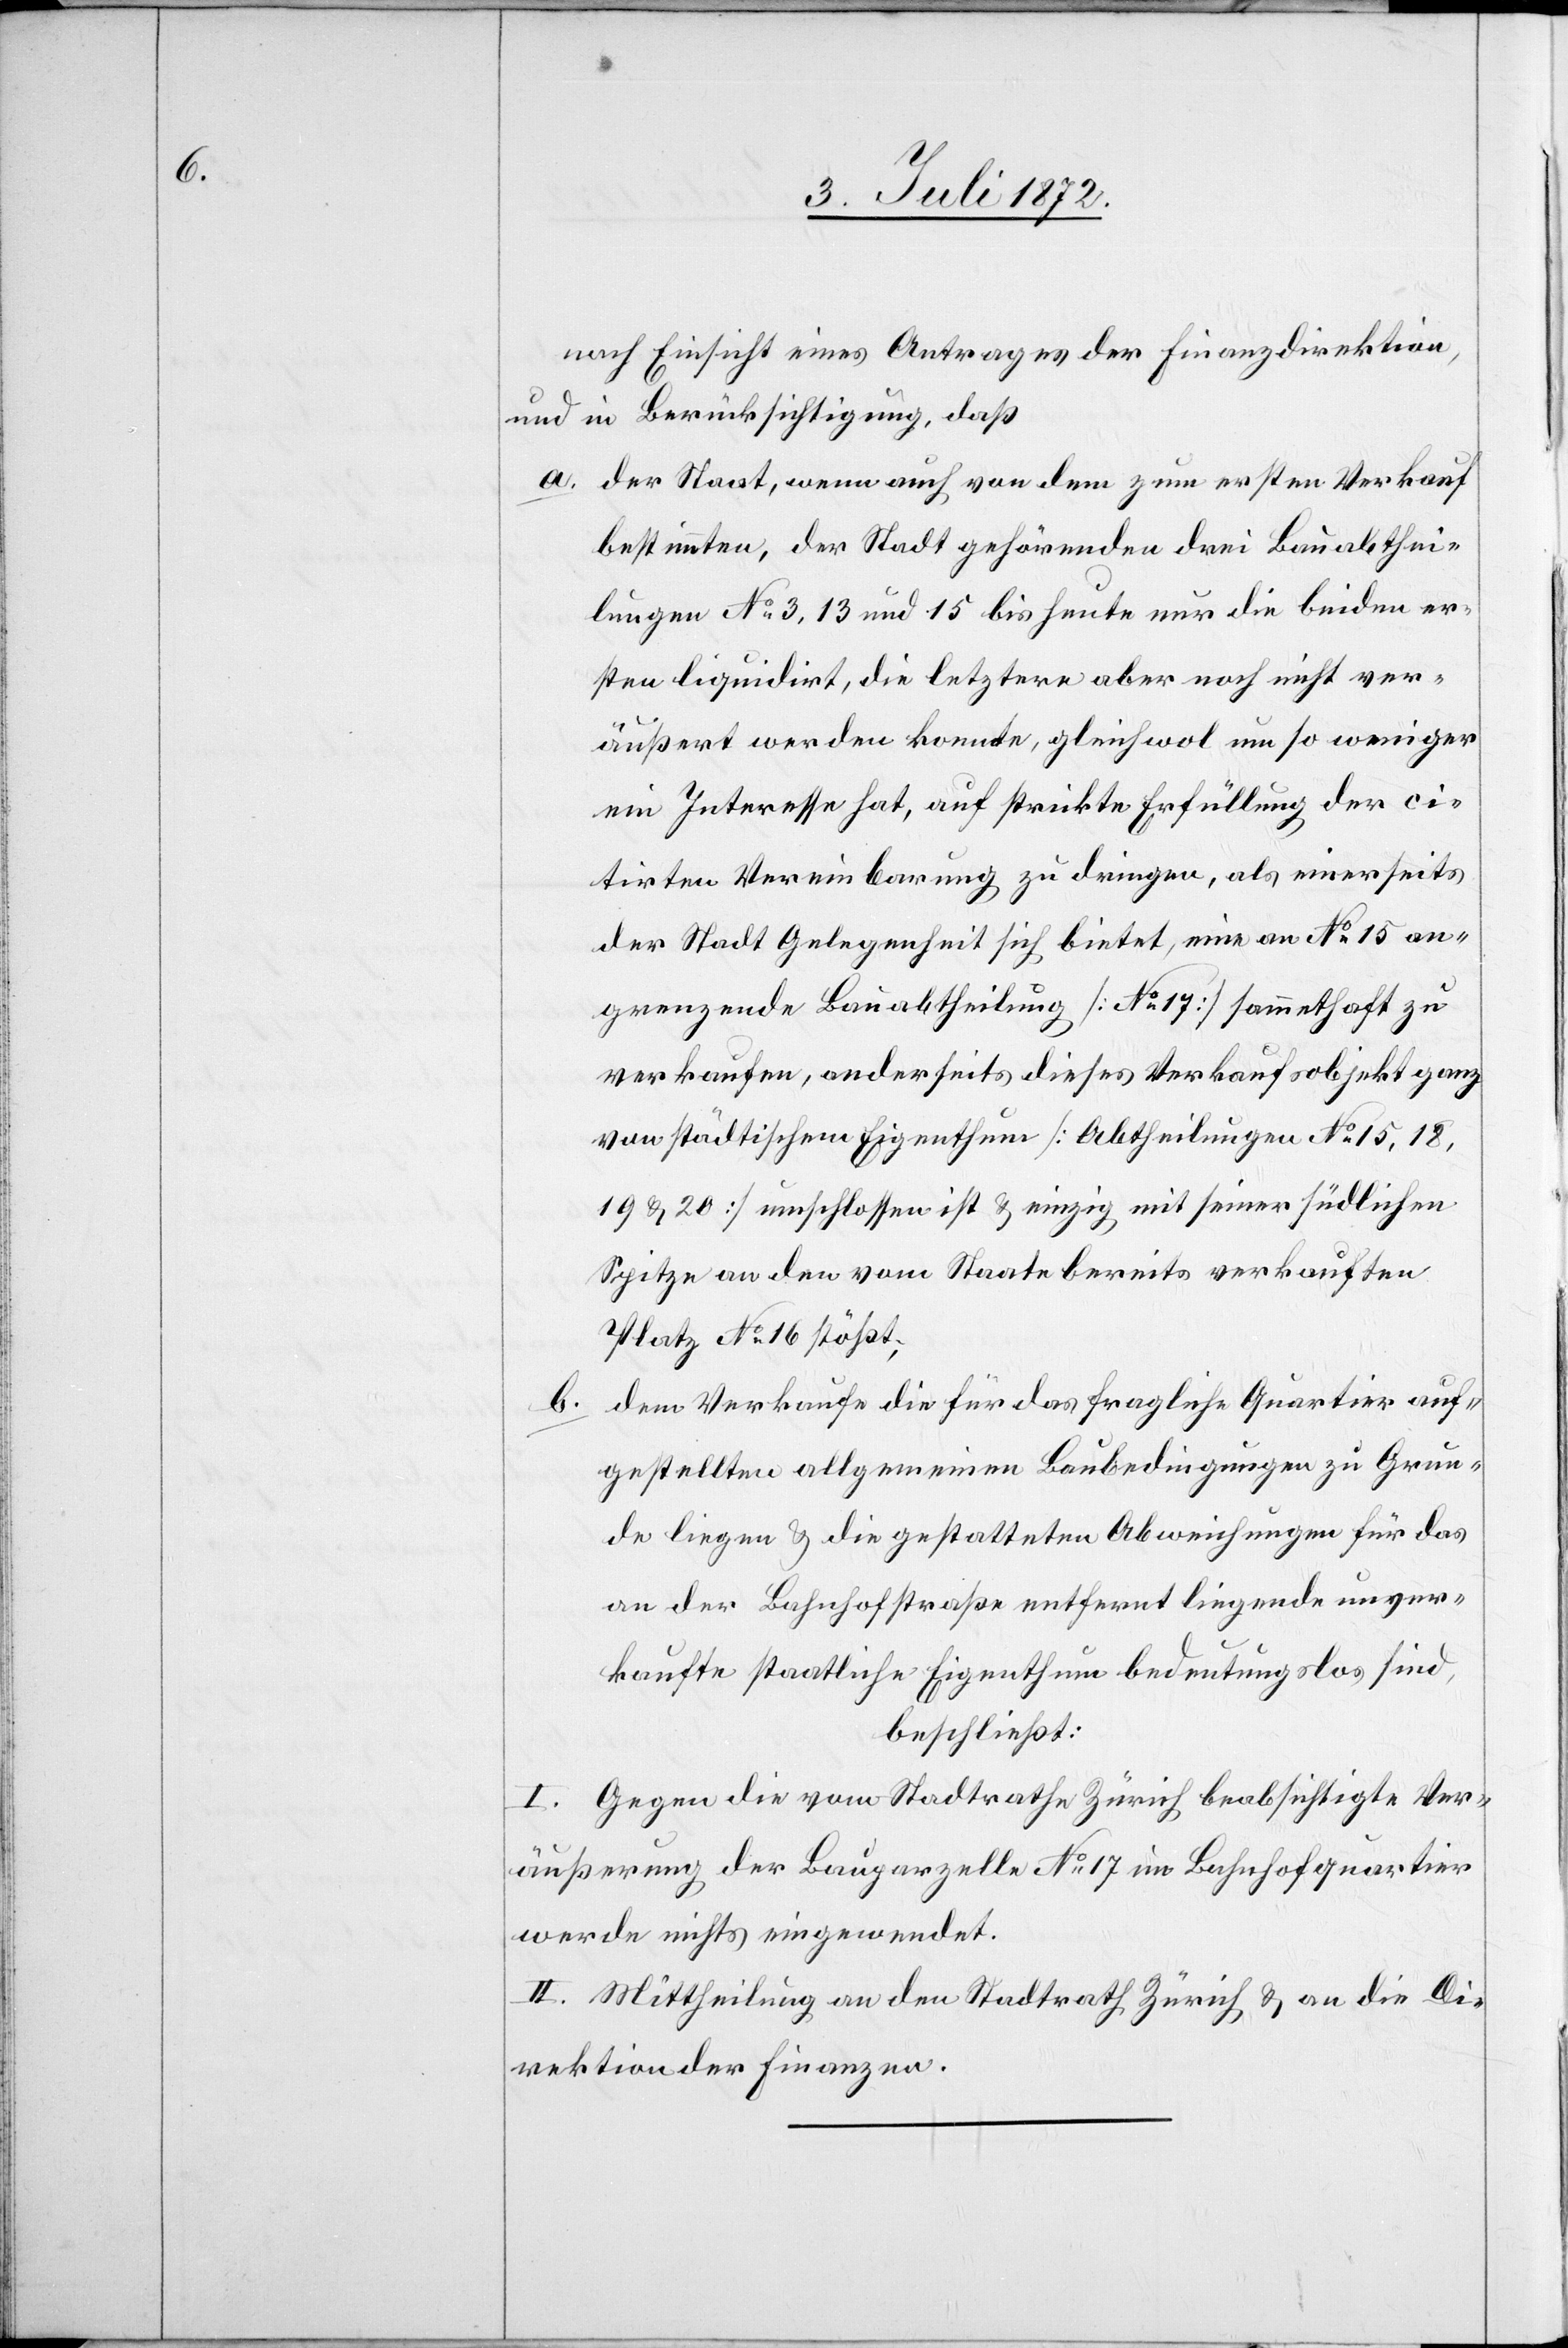
nach Einsicht eines Antrages der Finanzdirektion,
und in Berücksichtigung, daß
a. der Staat, wenn auch von dem zum ersten Verkauf
bestimmten, der Stadt gehörenden drei Bauabthei¬
lungen No 3, 13 und 15 bis heute nur die beiden er¬
sten liquidirt, die letztere aber noch nicht ver¬
äußert werden konnte, gleichwol um so weniger
ein Interesse hat, auf strickte Erfüllung der ci¬
tirten Vereinbarung zu dringen, als einerseits
der Stadt Gelegenheit sich bietet, eine an No 15 an¬
grenzende Bauabtheilung [No 17] sammethaft zu
verkaufen, anderseits dieses Verkaufsobjekt ganz
von städtischem Eigenthum [Abtheilungen No 15, 18,
19 u. 20] umschlossen ist u. einzig mit seiner südlichen
Spitze an den vom Staate bereits verkauften
Platz No 16 stößt,
b.
dem Verkaufe die für das fragliche Quartier auf¬
gestellten allgemeinen Baubedingungen zu Grun¬
de liegen u. die gestatteten Abweichungen für das
an der Bahnhofstraße entfernt liegende unver¬
kaufte staatliche Eigenthum bedeutungslos sind,
beschließt:
I. Gegen die vom Stadtrathe Zürich beabsichtigte Ver¬
äußerung der Bauparzelle No17 im Bahnhofquartier
werde nichts eingewendet.
II. Mittheilung an den Stadtrath Zürich u. an die Di¬
rektion der Finanzen.